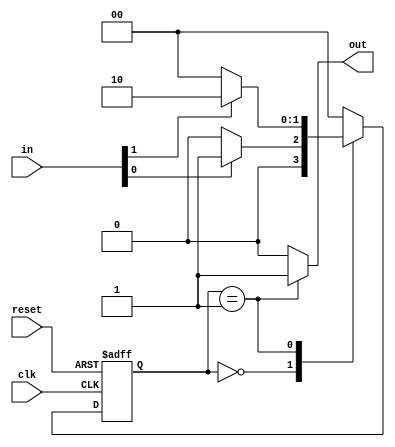
module moore_state_machine (
    input wire clk,          // Clock signal
    input wire reset,        // Asynchronous reset
    input wire [1:0] in,     // Example input signals
    output reg out           // Output signal
);

// State encoding
parameter IDLE = 2'b00;
parameter STATE1 = 2'b01;
parameter STATE2 = 2'b10;

// State register
reg [1:0] current_state, next_state;

// State transition logic (combinational)
always @(*) begin
    case (current_state)
        IDLE: begin
            if (in[0]) 
                next_state = STATE1;  // Transition from IDLE to STATE1
            else 
                next_state = IDLE;     // Stay in IDLE
        end
        STATE1: begin
            if (in[1]) 
                next_state = STATE2;  // Transition from STATE1 to STATE2
            else 
                next_state = IDLE;     // Transition back to IDLE
        end
        STATE2: begin
            next_state = IDLE;         // Transition from STATE2 to IDLE
        end
        default: next_state = IDLE;   // Default case to reset
    endcase
end

// Output logic (Moore machine)
always @(*) begin
    case (current_state)
        IDLE: out = 1'b0;          // Output for IDLE state
        STATE1: out = 1'b1;        // Output for STATE1
        STATE2: out = 1'b0;        // Output for STATE2
        default: out = 1'b0;       // Default output
    endcase
end

// State register update on clock edge
always @(posedge clk or posedge reset) begin
    if (reset)
        current_state <= IDLE;    // Asynchronous reset to IDLE state
    else
        current_state <= next_state;  // Update state on clock edge
end

endmodule